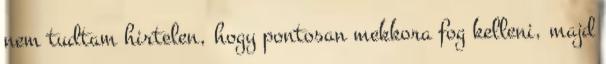
nem tudtam hirtelen, hogy pontosan mekkora fog kelleni, majd